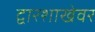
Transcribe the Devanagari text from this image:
द्वारशाखेवर